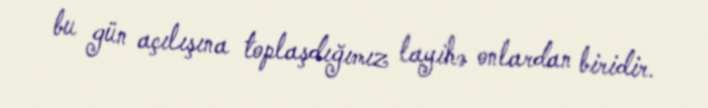
bu gün açılışına toplaşdığımız layihə onlardan biridir.